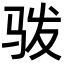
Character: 𩧯